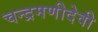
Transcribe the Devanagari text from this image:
चन्द्रमणीदेवी